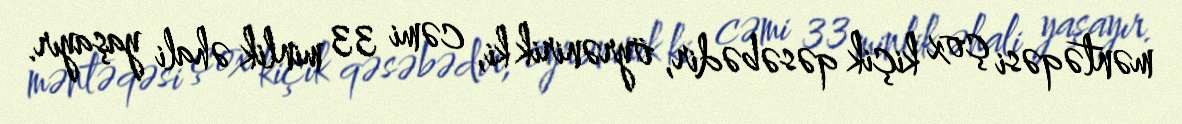
məntəqəsi çox kiçik qəsəbədir, öyrənirik ki, cəmi 33 minlik əhali yaşayır.